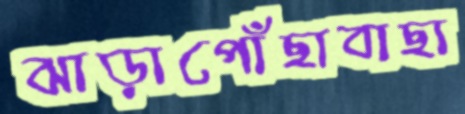
ঝাড়াপোঁছাবাছা